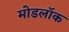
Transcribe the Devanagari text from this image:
मोडलॉक